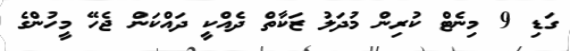
ގަޑި 9 މިނެޓް ކުރިން މުދަލު ޒަކާތް ދެއްކީ ދައްކަން ޖެހޭ މީހުންގެ